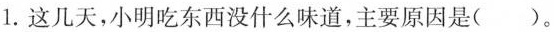
1. 这几天，小明吃东西没什么味道，主要原因是( )。